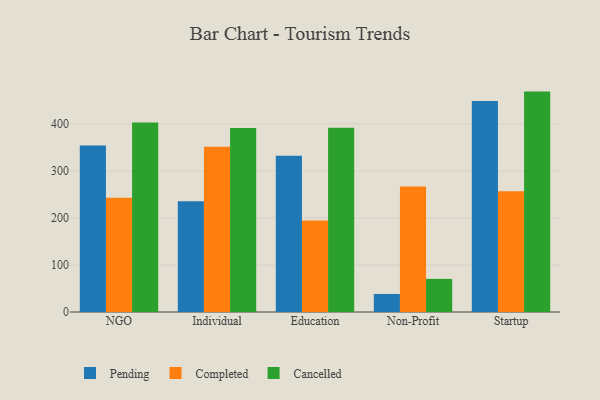
{"axis": {"x": "Segment", "y": "Waste Production (Tons)"}, "legend": ["Cancelled", "Completed", "Pending"], "data": [{"x": "NGO", "y": 354.4, "type": "Pending"}, {"x": "NGO", "y": 243.2, "type": "Completed"}, {"x": "NGO", "y": 403.5, "type": "Cancelled"}, {"x": "Individual", "y": 235.9, "type": "Pending"}, {"x": "Individual", "y": 351.7, "type": "Completed"}, {"x": "Individual", "y": 391.8, "type": "Cancelled"}, {"x": "Education", "y": 332.5, "type": "Pending"}, {"x": "Education", "y": 194.8, "type": "Completed"}, {"x": "Education", "y": 391.9, "type": "Cancelled"}, {"x": "Non-Profit", "y": 38.4, "type": "Pending"}, {"x": "Non-Profit", "y": 267.3, "type": "Completed"}, {"x": "Non-Profit", "y": 70.5, "type": "Cancelled"}, {"x": "Startup", "y": 449.0, "type": "Pending"}, {"x": "Startup", "y": 256.9, "type": "Completed"}, {"x": "Startup", "y": 469.0, "type": "Cancelled"}]}